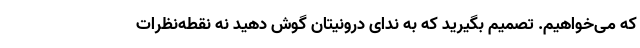
که می‌خواهیم. تصمیم بگیرید که به ندای درونیتان گوش دهید نه نقطه‌نظرات